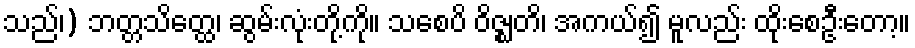
သည်၊) ဘတ္တသိတ္ထေ၊ ဆွမ်းလုံးတို့ကို။ သစေပိ ဝိဇ္ဈတိ၊ အကယ်၍ မူလည်း ထိုးစေဦးတော့။